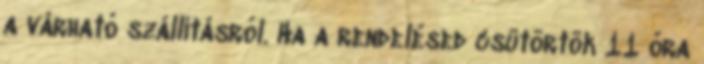
a várható szállításról. Ha a rendelésed csütörtök 11 óra